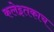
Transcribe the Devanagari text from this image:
कलेइतकाच